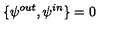
\{ \psi ^ { o u t } , \psi ^ { i n } \} = 0 ~